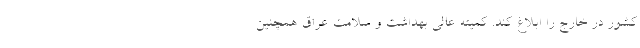
کشور در خارج را ابلاغ کند. کمیته عالی بهداشت و سلامت عراق همچنین